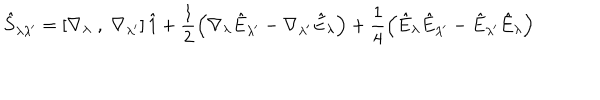
LaTeX: \hat { S } _ { \lambda \lambda ^ { \prime } } = \left[ \nabla _ { \lambda } \; , \; \nabla _ { \lambda ^ { \prime } } \right] \hat { 1 } + \frac { 1 } { 2 } \left( \nabla _ { \lambda } \hat { E } _ { \lambda ^ { \prime } } - \nabla _ { \lambda ^ { \prime } } \hat { E } _ { \lambda } \right) + \frac { 1 } { 4 } \left( \hat { E } _ { \lambda } \hat { E } _ { \lambda ^ { \prime } } - \hat { E } _ { \lambda ^ { \prime } } \hat { E } _ { \lambda } \right)